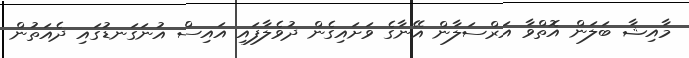
މާއިޝާ ބަލަން އޮތްވާ އަރްސަލާން އޭނާގެ ވަށައިގެން ދުވެލާފައި އައިސް އުނަގަނޑުގައި ދެއަތުން